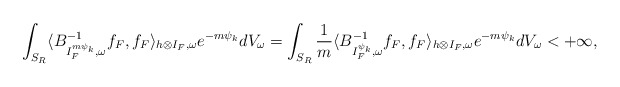
\begin{align*} \int_{S_R}\langle B^{-1}_{I_F^{m\psi_k},\omega}f_F,f_F\rangle_{h\otimes I_F,\omega}e^{-m\psi_k}dV_\omega=\int_{S_R}\frac{1}{m}\langle B^{-1}_{I_F^{\psi_k},\omega}f_F,f_F\rangle_{h\otimes I_F,\omega}e^{-m\psi_k}dV_\omega<+\infty, \end{align*}